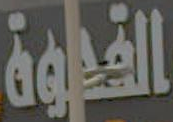
القدوة